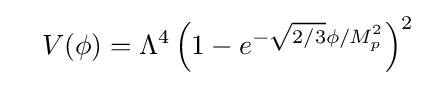
\quad V(\phi )=\Lambda ^{4}\left(1-e^{-{\sqrt {2/3}}\phi /M_{p}^{2}}\right)^{2}